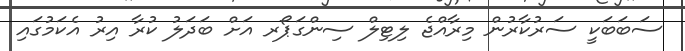
ސަބަބަކީ ސަރުކާރުން މިރާއްޖެ ލިޓިލް ސިންގަޕޯރ އަށް ބަދަލު ކުރާ އިރު އެކަމުގައި